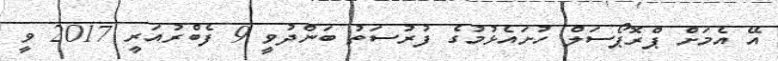
އޭ އެމަށް ޕްރޮޕޯސަލް ހުށައެޅުމުގެ ފުރުސަތު ބަންދުވީ 9 ފެބްރުއަރީ 2017 ވީ